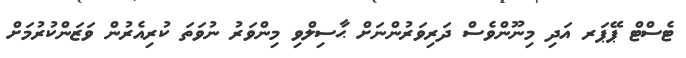
ޓެސްޓް ޕޭޕަރ އަދި މިނޫންވެސް ދަރިވަރުންނަށް ޙާސިލްވި މިންވަރު ނުވަތަ ކުރިއެރުން ވަޒަންކުރުމަށް